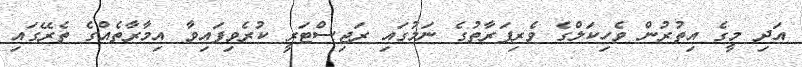
އަދި މީގެ އިތުރުން ވެހިކަލްގެ ވެރިފަރާތުގެ ނަމުގައި ރަޖިސްޓަރީ ކުރެވިފައިވާ އިމާރާތެއްގެ ތެރޭގައި